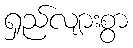
ရှည်လျားစွာ